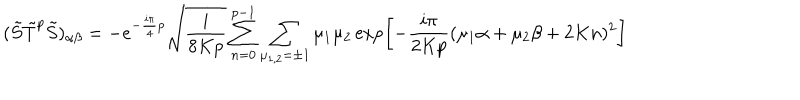
( \tilde { S } \tilde { T } ^ { p } \tilde { S } ) _ { \alpha \beta } = - e ^ { - \frac { i \pi } { 4 } p } \sqrt { \frac { i } { 8 K p } } \sum _ { n = 0 } ^ { p - 1 } \sum _ { \mu _ { 1 , 2 } = \pm 1 } \mu _ { 1 } \mu _ { 2 } \exp \left[ - \frac { i \pi } { 2 K p } ( \mu _ { 1 } \alpha + \mu _ { 2 } \beta + 2 K n ) ^ { 2 } \right]